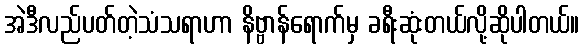
အဲဒီလည်ပတ်တဲ့သံသရာဟာ နိဗ္ဗာန်ရောက်မှ ခရီးဆုံးတယ်လို့ဆိုပါတယ်။